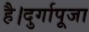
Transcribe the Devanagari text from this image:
है।दुर्गापूजा